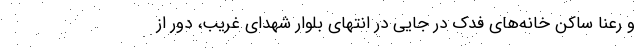
و رعنا ساکن خانه‌های فدک در جایی در انتهای بلوار شهدای غریب، دور از